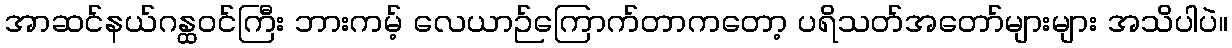
အာဆင်နယ်ဂန္ထဝင်ကြီး ဘားကမ့် လေယာဉ်ကြောက်တာကတော့ ပရိသတ်အတော်များများ အသိပါပဲ။